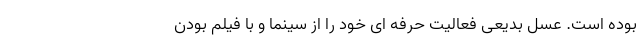
بوده است. عسل بدیعی فعالیت حرفه ای خود را از سینما و با فیلم بودن